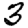
Digit: 3